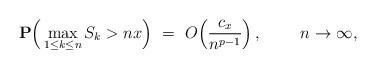
LaTeX: \begin{align*} {\mathbf P}\Big( \max_{1\leq k \leq n} S_k > n x \Big) \ = \ O\Big( \frac{c_x}{n^{p-1}} \Big)\, ,\ \ \ \ \ \ \ n\rightarrow \infty,\end{align*}